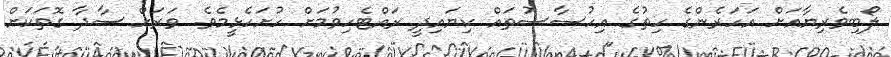
ލޯބިވެރިޔާއަށް އަހަރެންގެ ހިތުގެ އިހުސާސުތައް ކިޔައިދީ ރައްޓެހިވުމަށް ހުށަހެޅީމެވެ. ވަރަށް ސާދާ ގޮތަކަށް